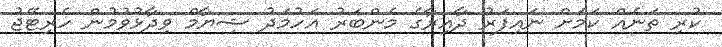
ކުރި ތަނެއް ކަމަށް ނައިފަރު ދާއިރާގެ މެންބަރު އަހުމަދު ޝިޔާމް ވިދާޅުވުމުން ހެރިޓޭޖު